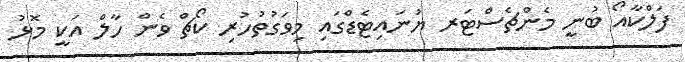
ފަލްކާއޯ ބުނީ މެންޗެސްޓަރ ޔުނައިޓެޑްގައި މިވަގުތުހުރި ކޯޗް ވެން ހާލް އަކީ މޮޅު